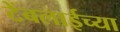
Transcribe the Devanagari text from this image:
टेंबलाईच्या